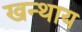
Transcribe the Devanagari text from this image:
खन्थाय